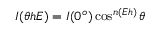
I ( \theta h E ) = I ( 0 ^ { o } ) \cos ^ { n ( E h ) } \theta